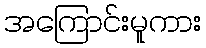
အကြောင်းမူကား